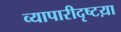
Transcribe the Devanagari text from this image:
व्यापारीदृष्टय़ा